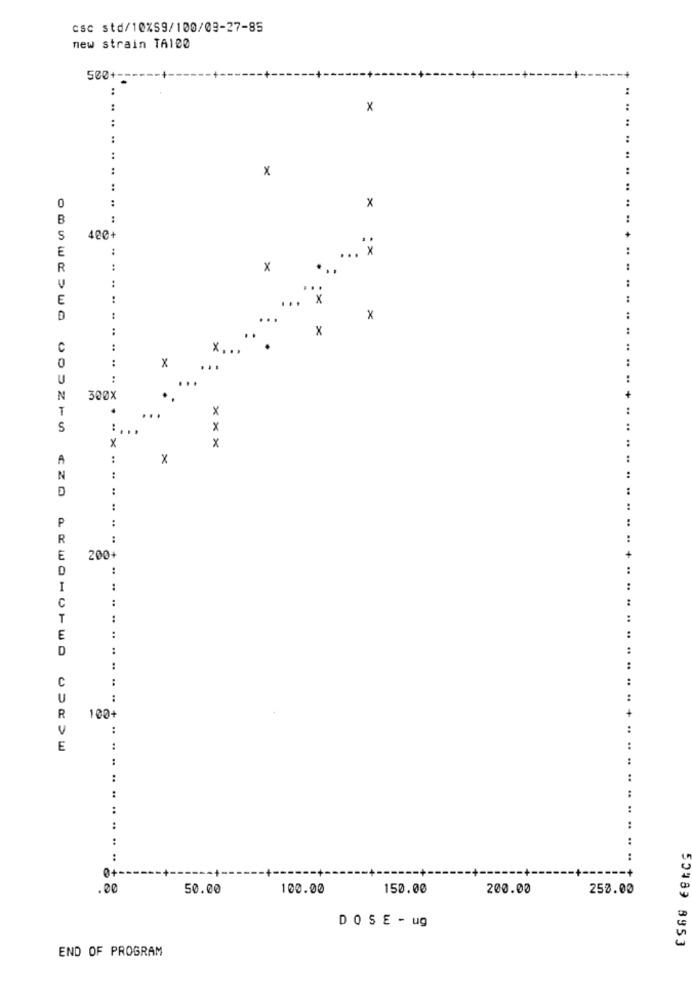
csc std/10%59/100/09-27-85
new strain TA100
500+-
..
:
×
....
..
:
:
..
:
x
..
..
:
0
×
..
B
:
S
400+
E
*X
:
...
R
.. ..
×
...
..
E
..
...
x
1
...
×
..
x
C
44
x. ..
:
x
..
...
U
:
N
300X
T
..
X
:.
X
×
×
A
..
×
N
:
:
:
..
P
..
R
:
E
200+
..
..
C
..
1
..
E
..
D
..
..
C
..
..
U
..
R
100+
..
E
.. ..
..
..
:
:
..
.. .. ...... +
.00
50.00
100.00
150.00
200.00
250.00
DOSE - ug
50489 8953
END OF PROGRAM